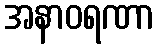
အနာဝရဏာ